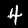
Label: 4